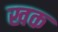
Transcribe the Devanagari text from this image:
खक